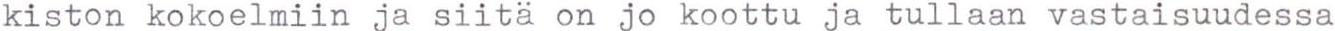
kiston kokoelmiin ja siitä on jo koottu ja tullaan vastaisuudessa